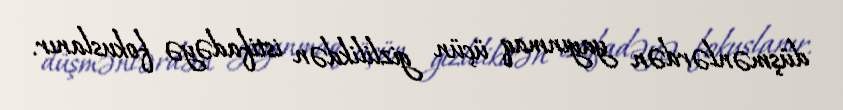
düşmənlərdən yayınmaq üçün gizlilikdən istifadəyə fokuslanır.